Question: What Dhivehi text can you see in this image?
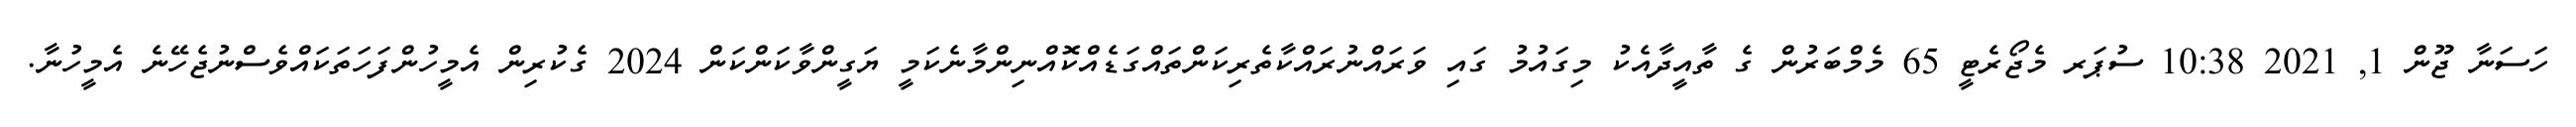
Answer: ހަސަނާ ޖޫން 1, 2021 10:38 ސުޕަރ މެޖޯރެޓީ 65 މެމްބަރުން ގެ ތާއީދާއެކު މިގައުމު ގައި ވަރައްނުރައްކާތެރިކަންތައްގަޑެއްކޮއްނިންމާނެކަމީ ޔަގީންވާކަންކަން 2024 ގެކުރިން އެމީހުންފަހަތަކައްވެސްނުޖެހޭނެ އެމީހުނާ.